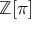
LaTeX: \mathbb { Z } [ \pi ]